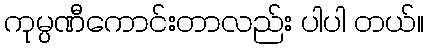
ကုမ္ပဏီကောင်းတာလည်း ပါပါ တယ်။